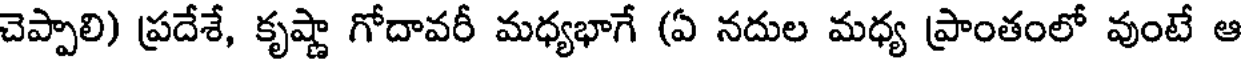
చెప్పాలి) ప్రదేశే, కృష్ణా గోదావరీ మధ్యభాగే (ఏ నదుల మధ్య ప్రాంతంలో వుంటే ఆ